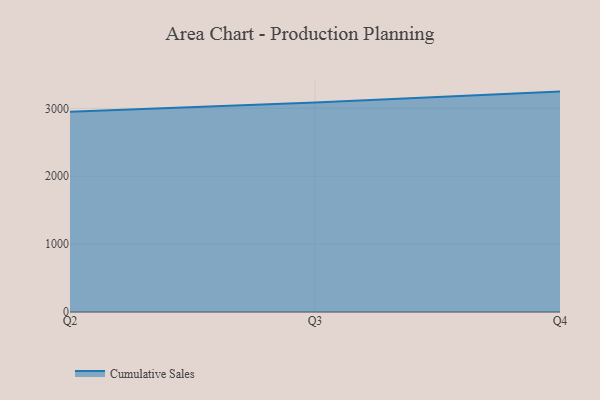
{"axis": {"x": "Quarter", "y": "Inventory Turnover"}, "legend": ["Cumulative Sales"], "data": [{"x": "Q2", "y": 2949.4, "type": "Cumulative Sales"}, {"x": "Q3", "y": 3087.0, "type": "Cumulative Sales"}, {"x": "Q4", "y": 3246.1, "type": "Cumulative Sales"}]}